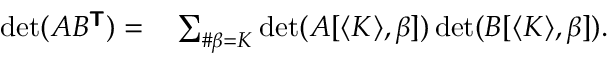
\begin{array} { r l } { \operatorname* { d e t } ( A B ^ { \boldsymbol { \mathsf { T } } } ) = } & { { } \sum _ { \# \beta = K } \operatorname* { d e t } ( A [ \langle K \rangle , \beta ] ) \operatorname* { d e t } ( B [ \langle K \rangle , \beta ] ) . } \end{array}